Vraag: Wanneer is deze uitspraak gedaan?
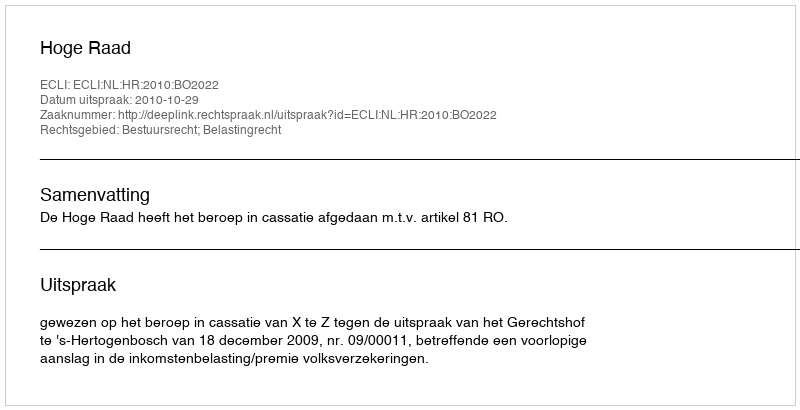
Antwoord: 2010-10-29